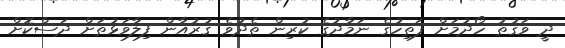
ދީ ވަގުތު ހޯދުމަށް ފަތިހުގެ ނަމާދުގެ ކުރިން ތެދުވެ ޤުރުއާން ފިލާވަޅުތަށް ދަސްކޮށް